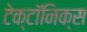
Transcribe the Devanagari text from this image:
टेक्टॉनिक्स